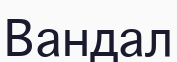
Вандал